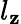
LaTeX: l_{\mathbf{z}}